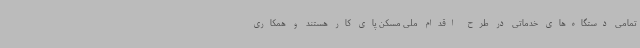
تمامی دستگاه‌های خدماتی در طرح اقدام ملی مسکن پای‌ کار هستند و همکاری